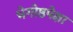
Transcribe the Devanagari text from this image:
भेगोष्ठपेक्षा